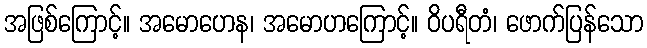
အဖြစ်ကြောင့်။ အမောဟေန၊ အမောဟကြောင့်။ ဝိပရီတံ၊ ဖောက်ပြန်သော